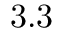
3 . 3